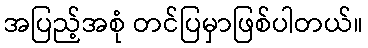
အပြည့်အစုံ တင်ပြမှာဖြစ်ပါတယ်။